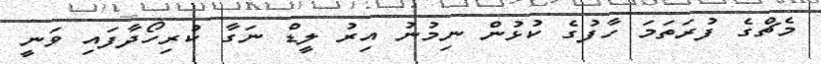
މެޗްގެ ފުރަތަމަ ހާފުގެ ކުޅުން ނިމުނު އިރު ލީޑް ނަގާ ކުރިހޯދާފައި ވަނީ